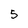
Character: 5